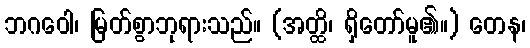
ဘဂဝေါ၊ မြတ်စွာဘုရားသည်။ (အတ္ထိ၊ ရှိတော်မူ၏။) တေန၊